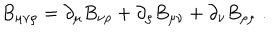
B _ { \mu \nu \rho } = \partial _ { \mu } B _ { \nu \rho } + \partial _ { \rho } B _ { \mu \nu } + \partial _ { \nu } B _ { \rho \mu } \ .